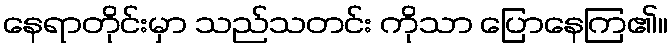
နေရာတိုင်းမှာ သည်သတင်း ကိုသာ ပြောနေကြ၏။